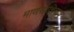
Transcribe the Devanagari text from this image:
माणसाशिवाय